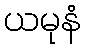
ယမုနံ